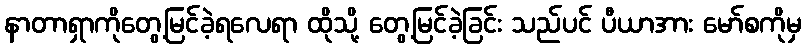
နာတာရှာကိုတွေ့မြင်ခဲ့ရလေရာ ထိုသို့ တွေ့မြင်ခဲ့ခြင်း သည်ပင် ပီယာအား မော်စကိုမှ